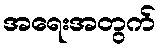
အရေးအတွက်